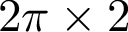
2 \pi \times 2